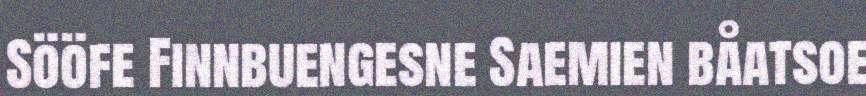
Sööfe Finnbuengesne Saemien båatsoe